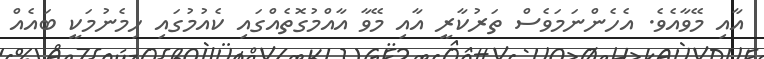
އާއި މޭވާއެވެ. އެހެންނަމަވެސް ތަރުކާރީ އާއި މޭވާ އާއްމުގޮތެއްގައި ކެއުމުގައި ހިމެނުމަކީ ބައެއް